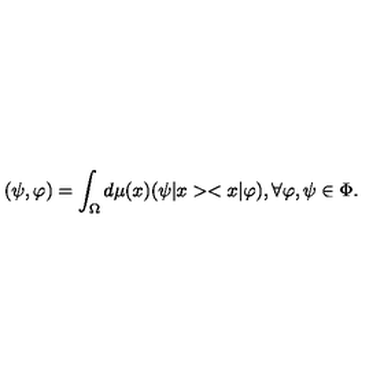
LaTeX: ( \psi , \varphi ) = \int _ { \Omega } d \mu ( x ) ( \psi | x > < x | \varphi ) , \forall \varphi , \psi \in \Phi .